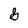
Character: G